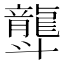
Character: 𪚛